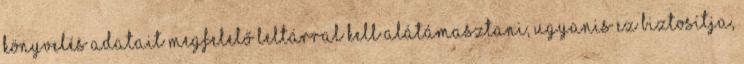
könyvelés adatait megfelelő leltárral kell alátámasztani, ugyanis ez biztosítja,